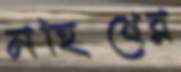
মহিষের